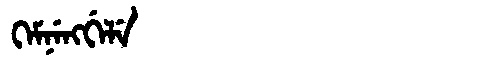
Manchu: ᡴᡝᠮᠨᡝᠩᡤᡝᠯᡝ
Romanization: KEMNENGGELE